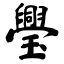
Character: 璺